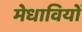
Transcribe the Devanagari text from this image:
मेधावियों